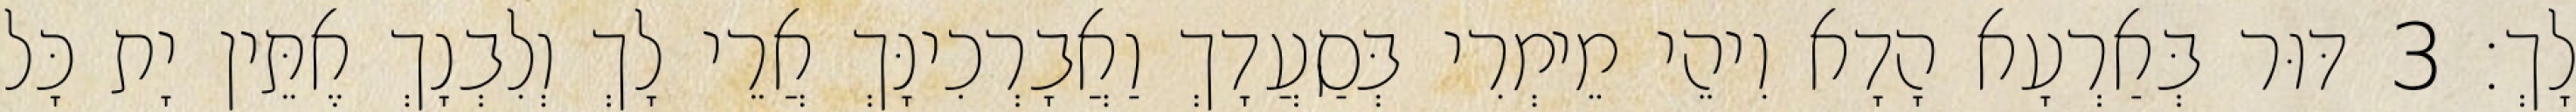
לָךְ׃ 3 דּוּר בְּאַרְעָא הָדָא וִיהֵי מֵימְרִי בְּסַעֲדָךְ וַאֲבָרְכִינָּךְ אֲרֵי לָךְ וְלִבְנָךְ אֶתֵּין יָת כָּל